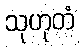
သုဟုတံ